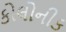
કોલોનીક